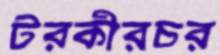
টরকীরচর